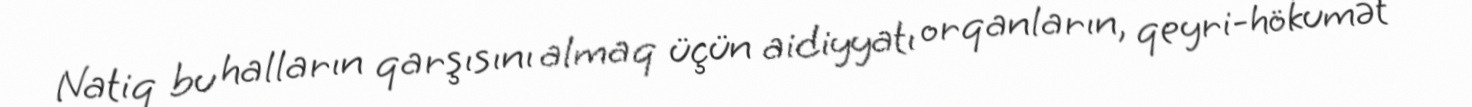
Natiq bu halların qarşısını almaq üçün aidiyyatı orqanların, qeyri-hökumət